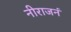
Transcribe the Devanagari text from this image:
नीराजनं